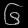
Digit: ၆